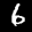
Label: 6